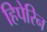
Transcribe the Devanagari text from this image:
हिपेरिन